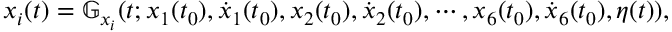
\begin{array} { r } { x _ { i } ( t ) = \mathbb G _ { x _ { i } } ( t ; x _ { 1 } ( t _ { 0 } ) , \dot { x } _ { 1 } ( t _ { 0 } ) , x _ { 2 } ( t _ { 0 } ) , \dot { x } _ { 2 } ( t _ { 0 } ) , \cdots , x _ { 6 } ( t _ { 0 } ) , \dot { x } _ { 6 } ( t _ { 0 } ) , \eta ( t ) ) , } \end{array}